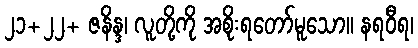
၂၁+၂၂+ ဇနိန္ဒ၊ လူတို့ကို အစိုးရတော်မူသော။ နရဝီရ၊